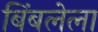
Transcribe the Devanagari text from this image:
बिंबलेला